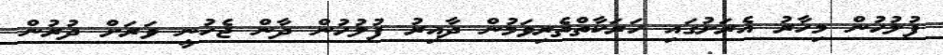
ފުލުހުން މިހާރު އެރަށުގައި ހަރަކާތްތެރިވަމުން ދާއިރު ފުލުހުން ދާން ޖެހުނީ ވަރަށް ދުރުން